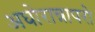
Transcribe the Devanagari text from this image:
अघोरान्नापरो